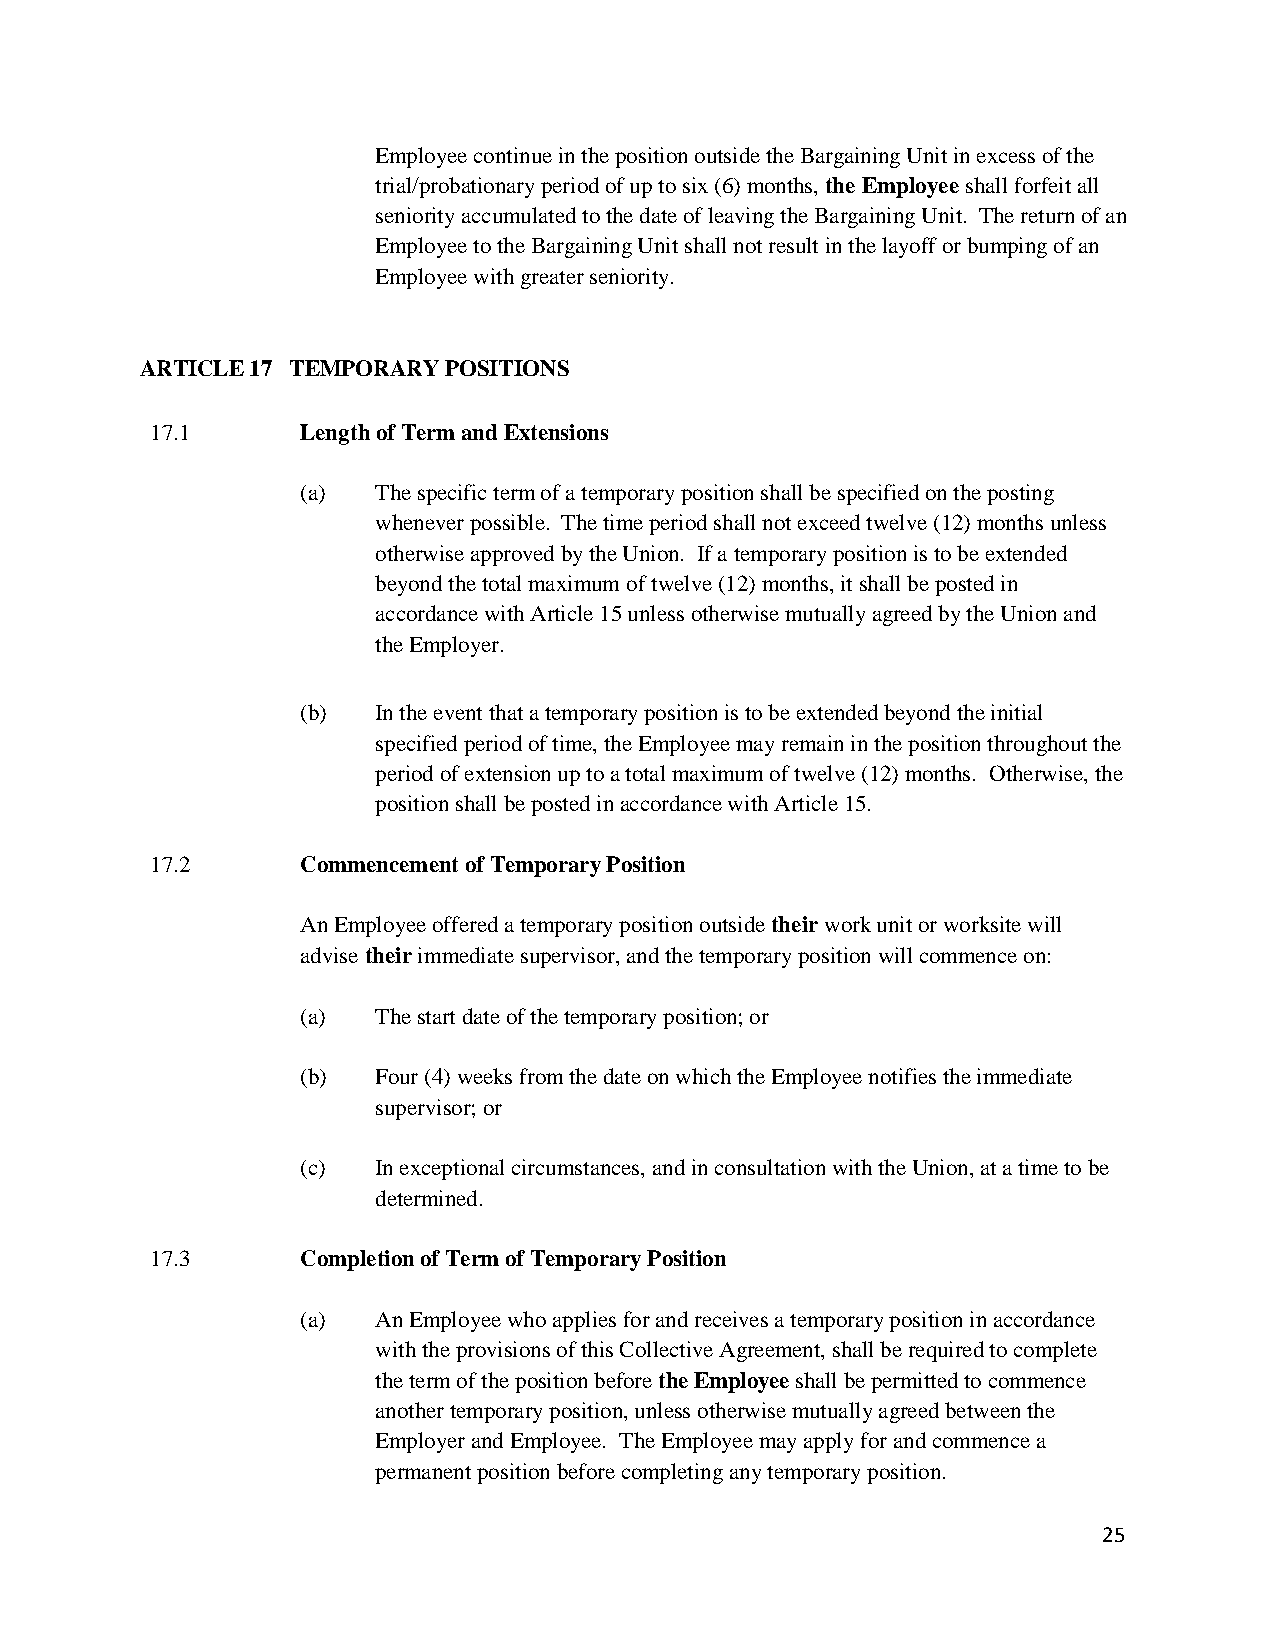
Employee continue in the position outside the Bargaining Unit in excess of the
 trial/probationary period of up to six (6) months, the Employee shall forfeit all
 seniority accumulated to the date of leaving the Bargaining Unit. The return of an
 Employee to the Bargaining Unit shall not result in the layoff or bumping of an
 Employee with greater seniority.
 ARTICLE 17 TEMPORARY POSITIONS
 17.1      Length of Term and Extensions
 (a)  The specific term of a temporary position shall be specified on the posting
 whenever possible. The time period shall not exceed twelve (12) months unless
 otherwise approved by the Union. If a temporary position is to be extended
 beyond the total maximum of twelve (12) months, it shall be posted in
 accordance with Article 15 unless otherwise mutually agreed by the Union and
 the Employer.
 (b)  In the event that a temporary position is to be extended beyond the initial
 specified period of time, the Employee may remain in the position throughout the
 period of extension up to a total maximum of twelve (12) months. Otherwise, the
 position shall be posted in accordance with Article 15.
 17.2      Commencement of Temporary Position
 An Employee offered a temporary position outside their work unit or worksite will
 advise their immediate supervisor, and the temporary position will commence on:
 (a)  The start date of the temporary position; or
 (b)  Four (4) weeks from the date on which the Employee notifies the immediate
 supervisor; or
 (c)  In exceptional circumstances, and in consultation with the Union, at a time to be
 determined.
 17.3      Completion of Term of Temporary Position
 (a)  An Employee who applies for and receives a temporary position in accordance
 with the provisions of this Collective Agreement, shall be required to complete
 the term of the position before the Employee shall be permitted to commence
 another temporary position, unless otherwise mutually agreed between the
 Employer and Employee. The Employee may apply for and commence a
 permanent position before completing any temporary position.
 25